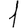
Digit: 1